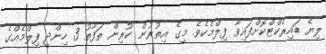
ލިޔެ ޑައިރެކްޓްކޮށްފައިވާ ފިލްމެކެވެ. މީގެ އިތުރުން ކުރިން ތަފާތު 3 ހިންދީ ފިލްމެއްގެ